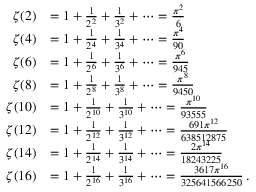
{ \begin{array} { r l } { \zeta ( 2 ) } & { = 1 + { \frac { 1 } { 2 ^ { 2 } } } + { \frac { 1 } { 3 ^ { 2 } } } + \cdots = { \frac { \pi ^ { 2 } } { 6 } } } \\ { \zeta ( 4 ) } & { = 1 + { \frac { 1 } { 2 ^ { 4 } } } + { \frac { 1 } { 3 ^ { 4 } } } + \cdots = { \frac { \pi ^ { 4 } } { 9 0 } } } \\ { \zeta ( 6 ) } & { = 1 + { \frac { 1 } { 2 ^ { 6 } } } + { \frac { 1 } { 3 ^ { 6 } } } + \cdots = { \frac { \pi ^ { 6 } } { 9 4 5 } } } \\ { \zeta ( 8 ) } & { = 1 + { \frac { 1 } { 2 ^ { 8 } } } + { \frac { 1 } { 3 ^ { 8 } } } + \cdots = { \frac { \pi ^ { 8 } } { 9 4 5 0 } } } \\ { \zeta ( 1 0 ) } & { = 1 + { \frac { 1 } { 2 ^ { 1 0 } } } + { \frac { 1 } { 3 ^ { 1 0 } } } + \cdots = { \frac { \pi ^ { 1 0 } } { 9 3 5 5 5 } } } \\ { \zeta ( 1 2 ) } & { = 1 + { \frac { 1 } { 2 ^ { 1 2 } } } + { \frac { 1 } { 3 ^ { 1 2 } } } + \cdots = { \frac { 6 9 1 \pi ^ { 1 2 } } { 6 3 8 5 1 2 8 7 5 } } } \\ { \zeta ( 1 4 ) } & { = 1 + { \frac { 1 } { 2 ^ { 1 4 } } } + { \frac { 1 } { 3 ^ { 1 4 } } } + \cdots = { \frac { 2 \pi ^ { 1 4 } } { 1 8 2 4 3 2 2 5 } } } \\ { \zeta ( 1 6 ) } & { = 1 + { \frac { 1 } { 2 ^ { 1 6 } } } + { \frac { 1 } { 3 ^ { 1 6 } } } + \cdots = { \frac { 3 6 1 7 \pi ^ { 1 6 } } { 3 2 5 6 4 1 5 6 6 2 5 0 } } \, . } \end{array} }